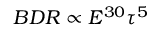
B D R \propto E ^ { 3 0 } \tau ^ { 5 }